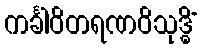
ကင်္ခါဝိတရဏဝိသုဒ္ဓိံ